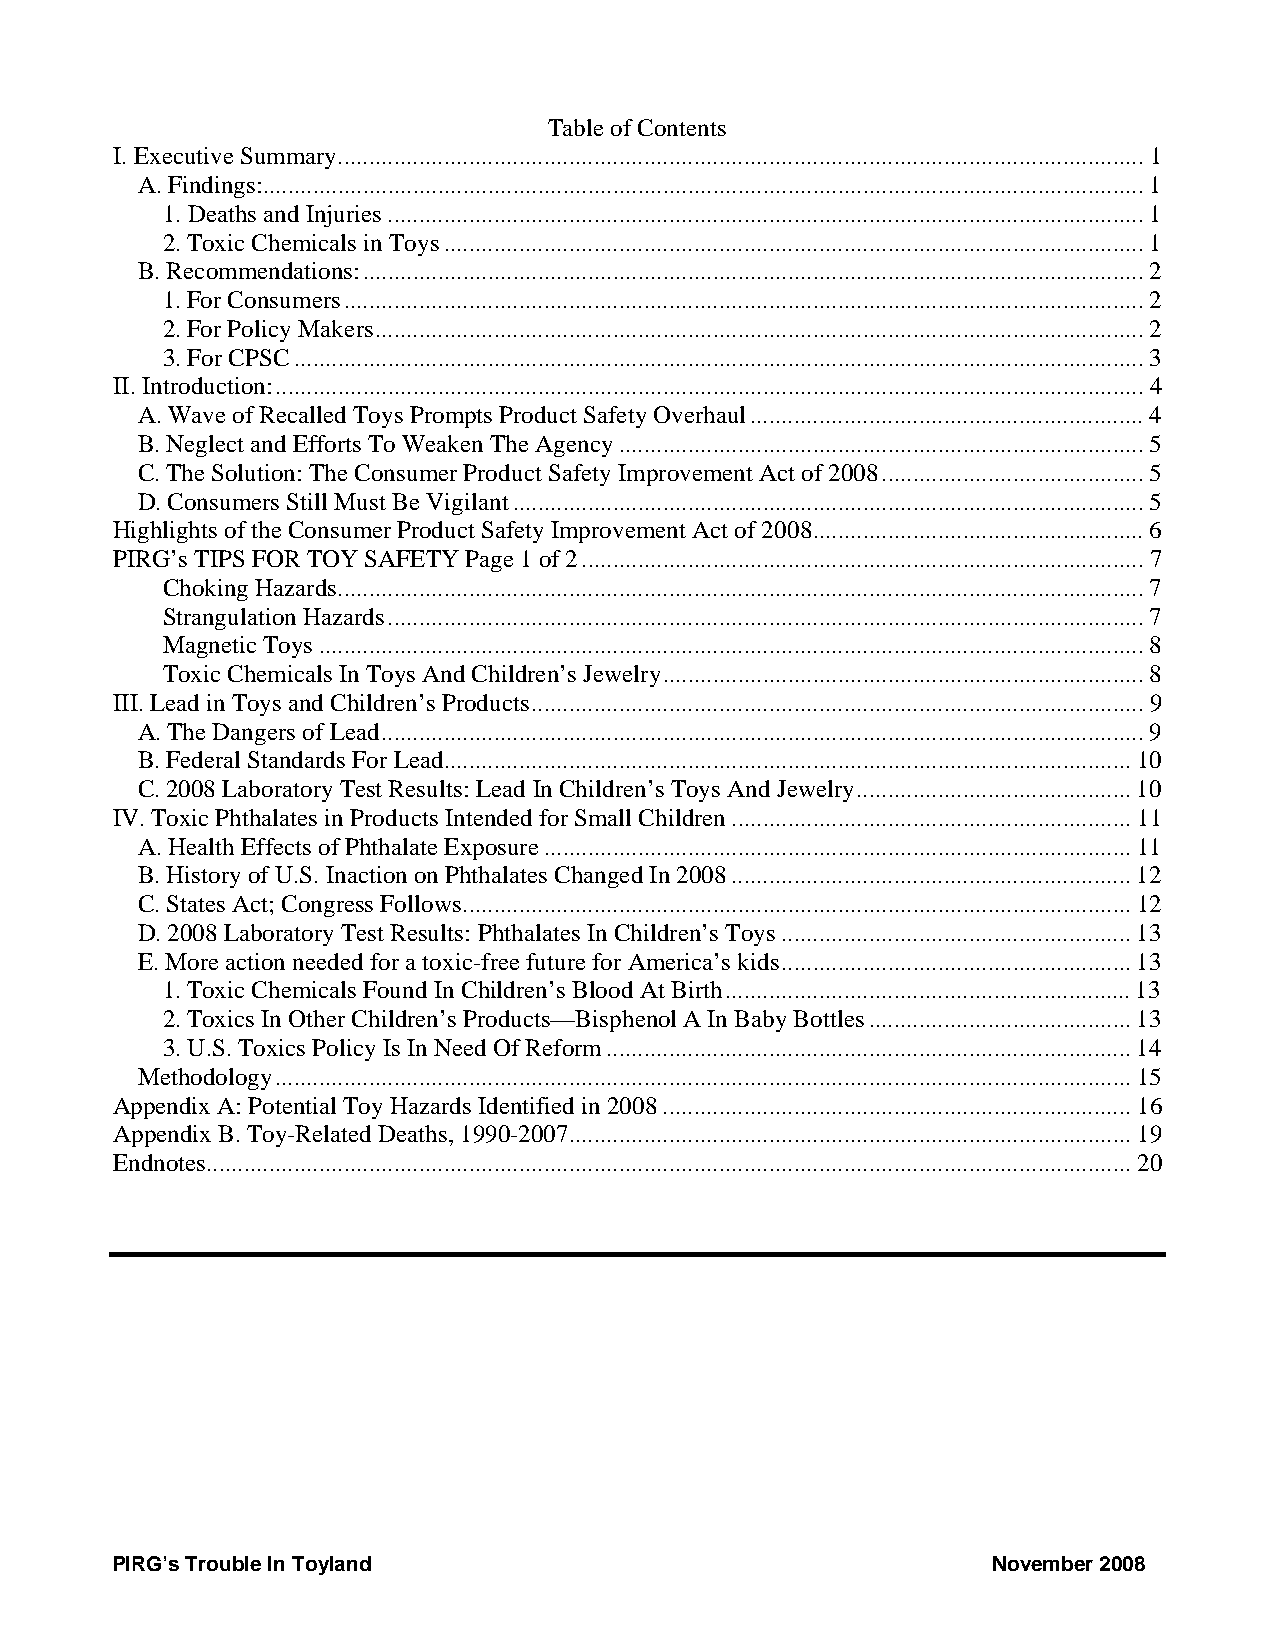
Table of Contents
 I. Executive Summary.................................................................................................................................1
 A. Findings:.............................................................................................................................................1
 1. Deaths and Injuries.........................................................................................................................1
 2. Toxic Chemicals in Toys................................................................................................................1
 B. Recommendations:.............................................................................................................................2
 1. For Consumers................................................................................................................................2
 2. For Policy Makers...........................................................................................................................2
 3. For CPSC........................................................................................................................................3
 II. Introduction:...........................................................................................................................................4
 A. Wave of Recalled Toys Prompts Product Safety Overhaul...............................................................4
 B. Neglect and Efforts To Weaken The Agency....................................................................................5
 C. The Solution: The Consumer Product Safety Improvement Act of 2008..........................................5
 D. Consumers Still Must Be Vigilant.....................................................................................................5
 Highlights of the Consumer Product Safety Improvement Act of 2008.....................................................6
 PIRG’s TIPS FOR TOY SAFETY Page 1 of 2..........................................................................................7
 Choking Hazards.................................................................................................................................7
 Strangulation Hazards.........................................................................................................................7
 Magnetic Toys....................................................................................................................................8
 Toxic Chemicals In Toys And Children’s Jewelry.............................................................................8
 III. Lead in Toys and Children’s Products..................................................................................................9
 A. The Dangers of Lead..........................................................................................................................9
 B. Federal Standards For Lead..............................................................................................................10
 C. 2008 Laboratory Test Results: Lead In Children’s Toys And Jewelry............................................10
 IV. Toxic Phthalates in Products Intended for Small Children................................................................11
 A. Health Effects of Phthalate Exposure..............................................................................................11
 B. History of U.S. Inaction on Phthalates Changed In 2008................................................................12
 C. States Act; Congress Follows...........................................................................................................12
 D. 2008 Laboratory Test Results: Phthalates In Children’s Toys........................................................13
 E. More action needed for a toxic-free future for America’s kids........................................................13
 1. Toxic Chemicals Found In Children’s Blood At Birth.................................................................13
 2. Toxics In Other Children’s Products—Bisphenol A In Baby Bottles..........................................13
 3. U.S. Toxics Policy Is In Need Of Reform....................................................................................14
 Methodology.........................................................................................................................................15
 Appendix A: Potential Toy Hazards Identified in 2008...........................................................................16
 Appendix B. Toy-Related Deaths, 1990-2007..........................................................................................19
 Endnotes....................................................................................................................................................20
 PIRG’s Trouble In Toyland                                  November 2008